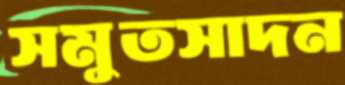
সমুতসাদন